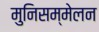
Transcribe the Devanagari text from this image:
मुनिसम्मेलन